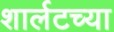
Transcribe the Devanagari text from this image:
शार्लटच्या